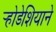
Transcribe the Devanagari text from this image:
र्‍होडेशियाने